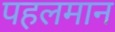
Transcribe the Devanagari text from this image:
पहलमान